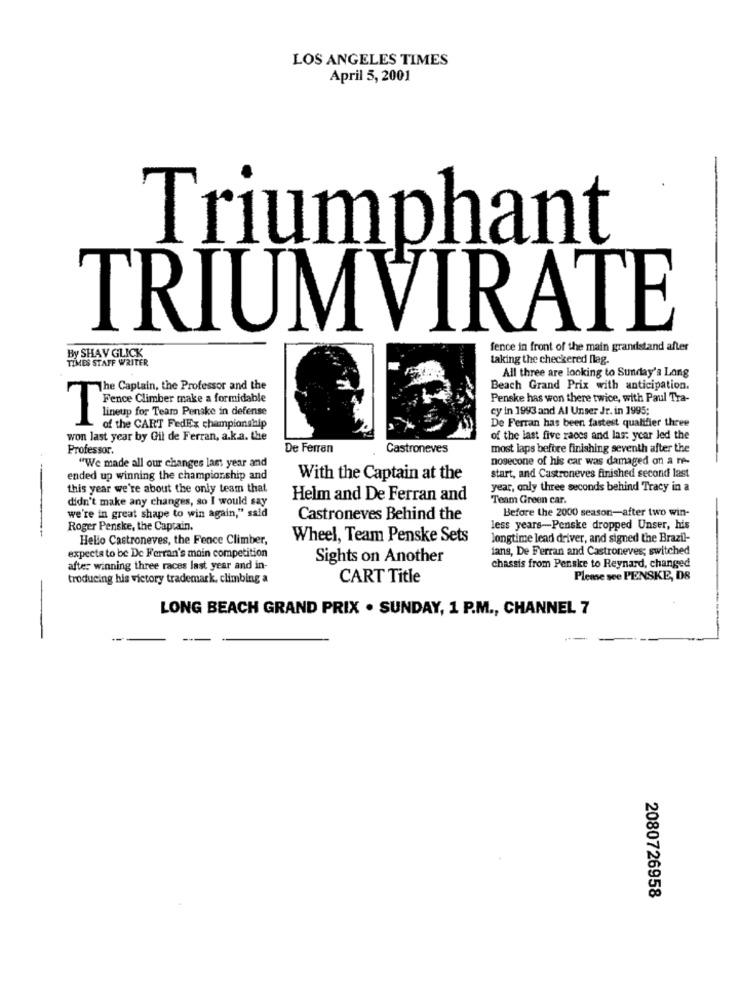
LOS ANGELES TIMES
April 5, 2001
Triumphant
TRIUMVIRATE
By SHAY GLICK
fence in front of the main grandstand after
TIMES STAFF WRITER
taking the checkered llag.
All three are looking to Sunday's Long
The Captain, the Professor and the
Beach Grand Prix with anticipation.
Penske has won there twice, with Paul Tra-
lineup for Tearo Penske in defense
cy in 1993 and Al Unser Jr. in 1995;
Freace Climber make a formidable
De Ferran has been fastest qualifier three
of the CART FedEx championship
won last year by Gil de Ferran, a.k.a. the
of the last five races and last year led the
Professor.
De Ferran
Castroneves
most laps before finishing seventh after the
nosecone of his car was damaged on a re-
"We made all our changes last year and
ended up winning the championship and
With the Captain at the
start, and Castroneves finished second last
this year we're about the only team that
year, only three seconds behind Tracy in a
didn't make any changes, so I would say
Helm and De Ferran and
Team Green car.
Before the 2000 season-after two win-
we're in great shape to win again," said
Castroneves Behind the
Roger Penske, the Captain.
less years-Penske dropped Unser, his
Hello Castroneves, the Fence Climber,
Wheel, Team Penske Sets
longtime lead driver, and signed the Brazil-
fans, De Ferran and Castroneves; switched
expects to be De Ferran's main competition
Sights on Another
after winning three races last year and in-
chassis from Penske to Reynard, changed
troducing his victory trademark, climbing a
CART Title
Pleme see PENSKE, DB
LONG BEACH GRAND PRIX . SUNDAY, 1 P.M ., CHANNEL 7
-
2080726958